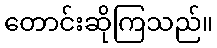
တောင်းဆိုကြသည်။